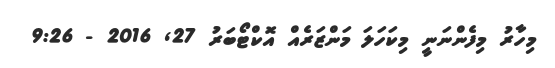
މިހާރު މިފެންނަނީ މިކަހަލަ މަންޒަރެއް އޮކްޓޯބަރު 27